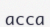
асса